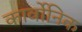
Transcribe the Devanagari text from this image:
कार्वोनिक